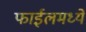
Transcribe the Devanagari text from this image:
फाईलमध्ये